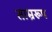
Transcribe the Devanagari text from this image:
ताम्ररूप